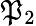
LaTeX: \mathfrak{P}_{2}